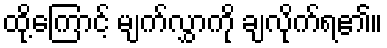
ထို့ကြောင့် မျက်လွှာကို ချလိုက်ရ၏။